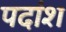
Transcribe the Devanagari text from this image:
पदांश